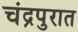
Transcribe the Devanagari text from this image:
चंद्रपुरात